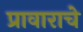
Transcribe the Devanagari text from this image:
प्रावाराचे